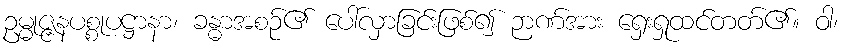
ဥမ္မုဇ္ဇနပစ္စုပဋ္ဌာနာ၊ ခန္ဓာအစဉ်၏ ပေါ်လှာခြင်းဖြစ်၍ ဉာဏ်အား ရှေးရှုထင်တတ်၏။ ဝါ၊